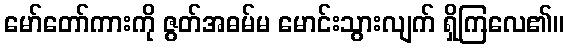
မော်တော်ကားကို ဇွတ်အဓမ်မ မောင်းသွားလျက် ရှိကြလေ၏။